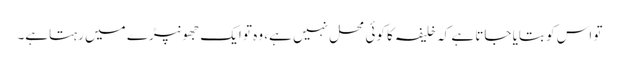
تو اس کو بتایا جاتا ہے کہ خلیفہ کا کوئی محل نہیں ہے، وہ تو ایک جھونپڑے میں رہتاہے۔